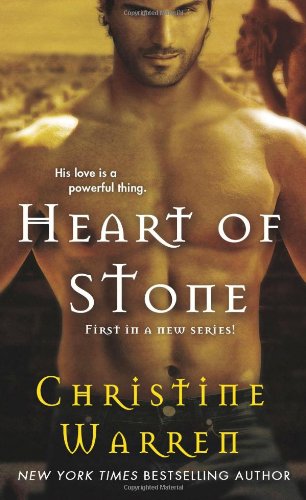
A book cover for Heart of Stone (Gargoyles Series); Christine Warren; Literature & Fiction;